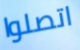
اتصلوا